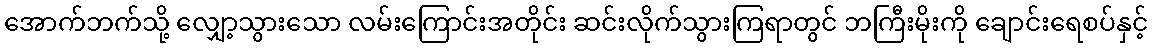
အောက်ဘက်သို့ လျှော့သွားသော လမ်းကြောင်းအတိုင်း ဆင်းလိုက်သွားကြရာတွင် ဘကြီးမိုးကို ချောင်းရေစပ်နှင့်